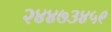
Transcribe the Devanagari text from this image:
२४४७३४५९